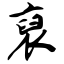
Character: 裒